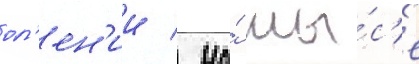
ол'ен'ии / на́ мы́с'е